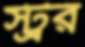
স্ট্রর